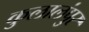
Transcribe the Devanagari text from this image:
कुलालंपुर